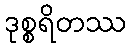
ဒုစ္စရိတဿ